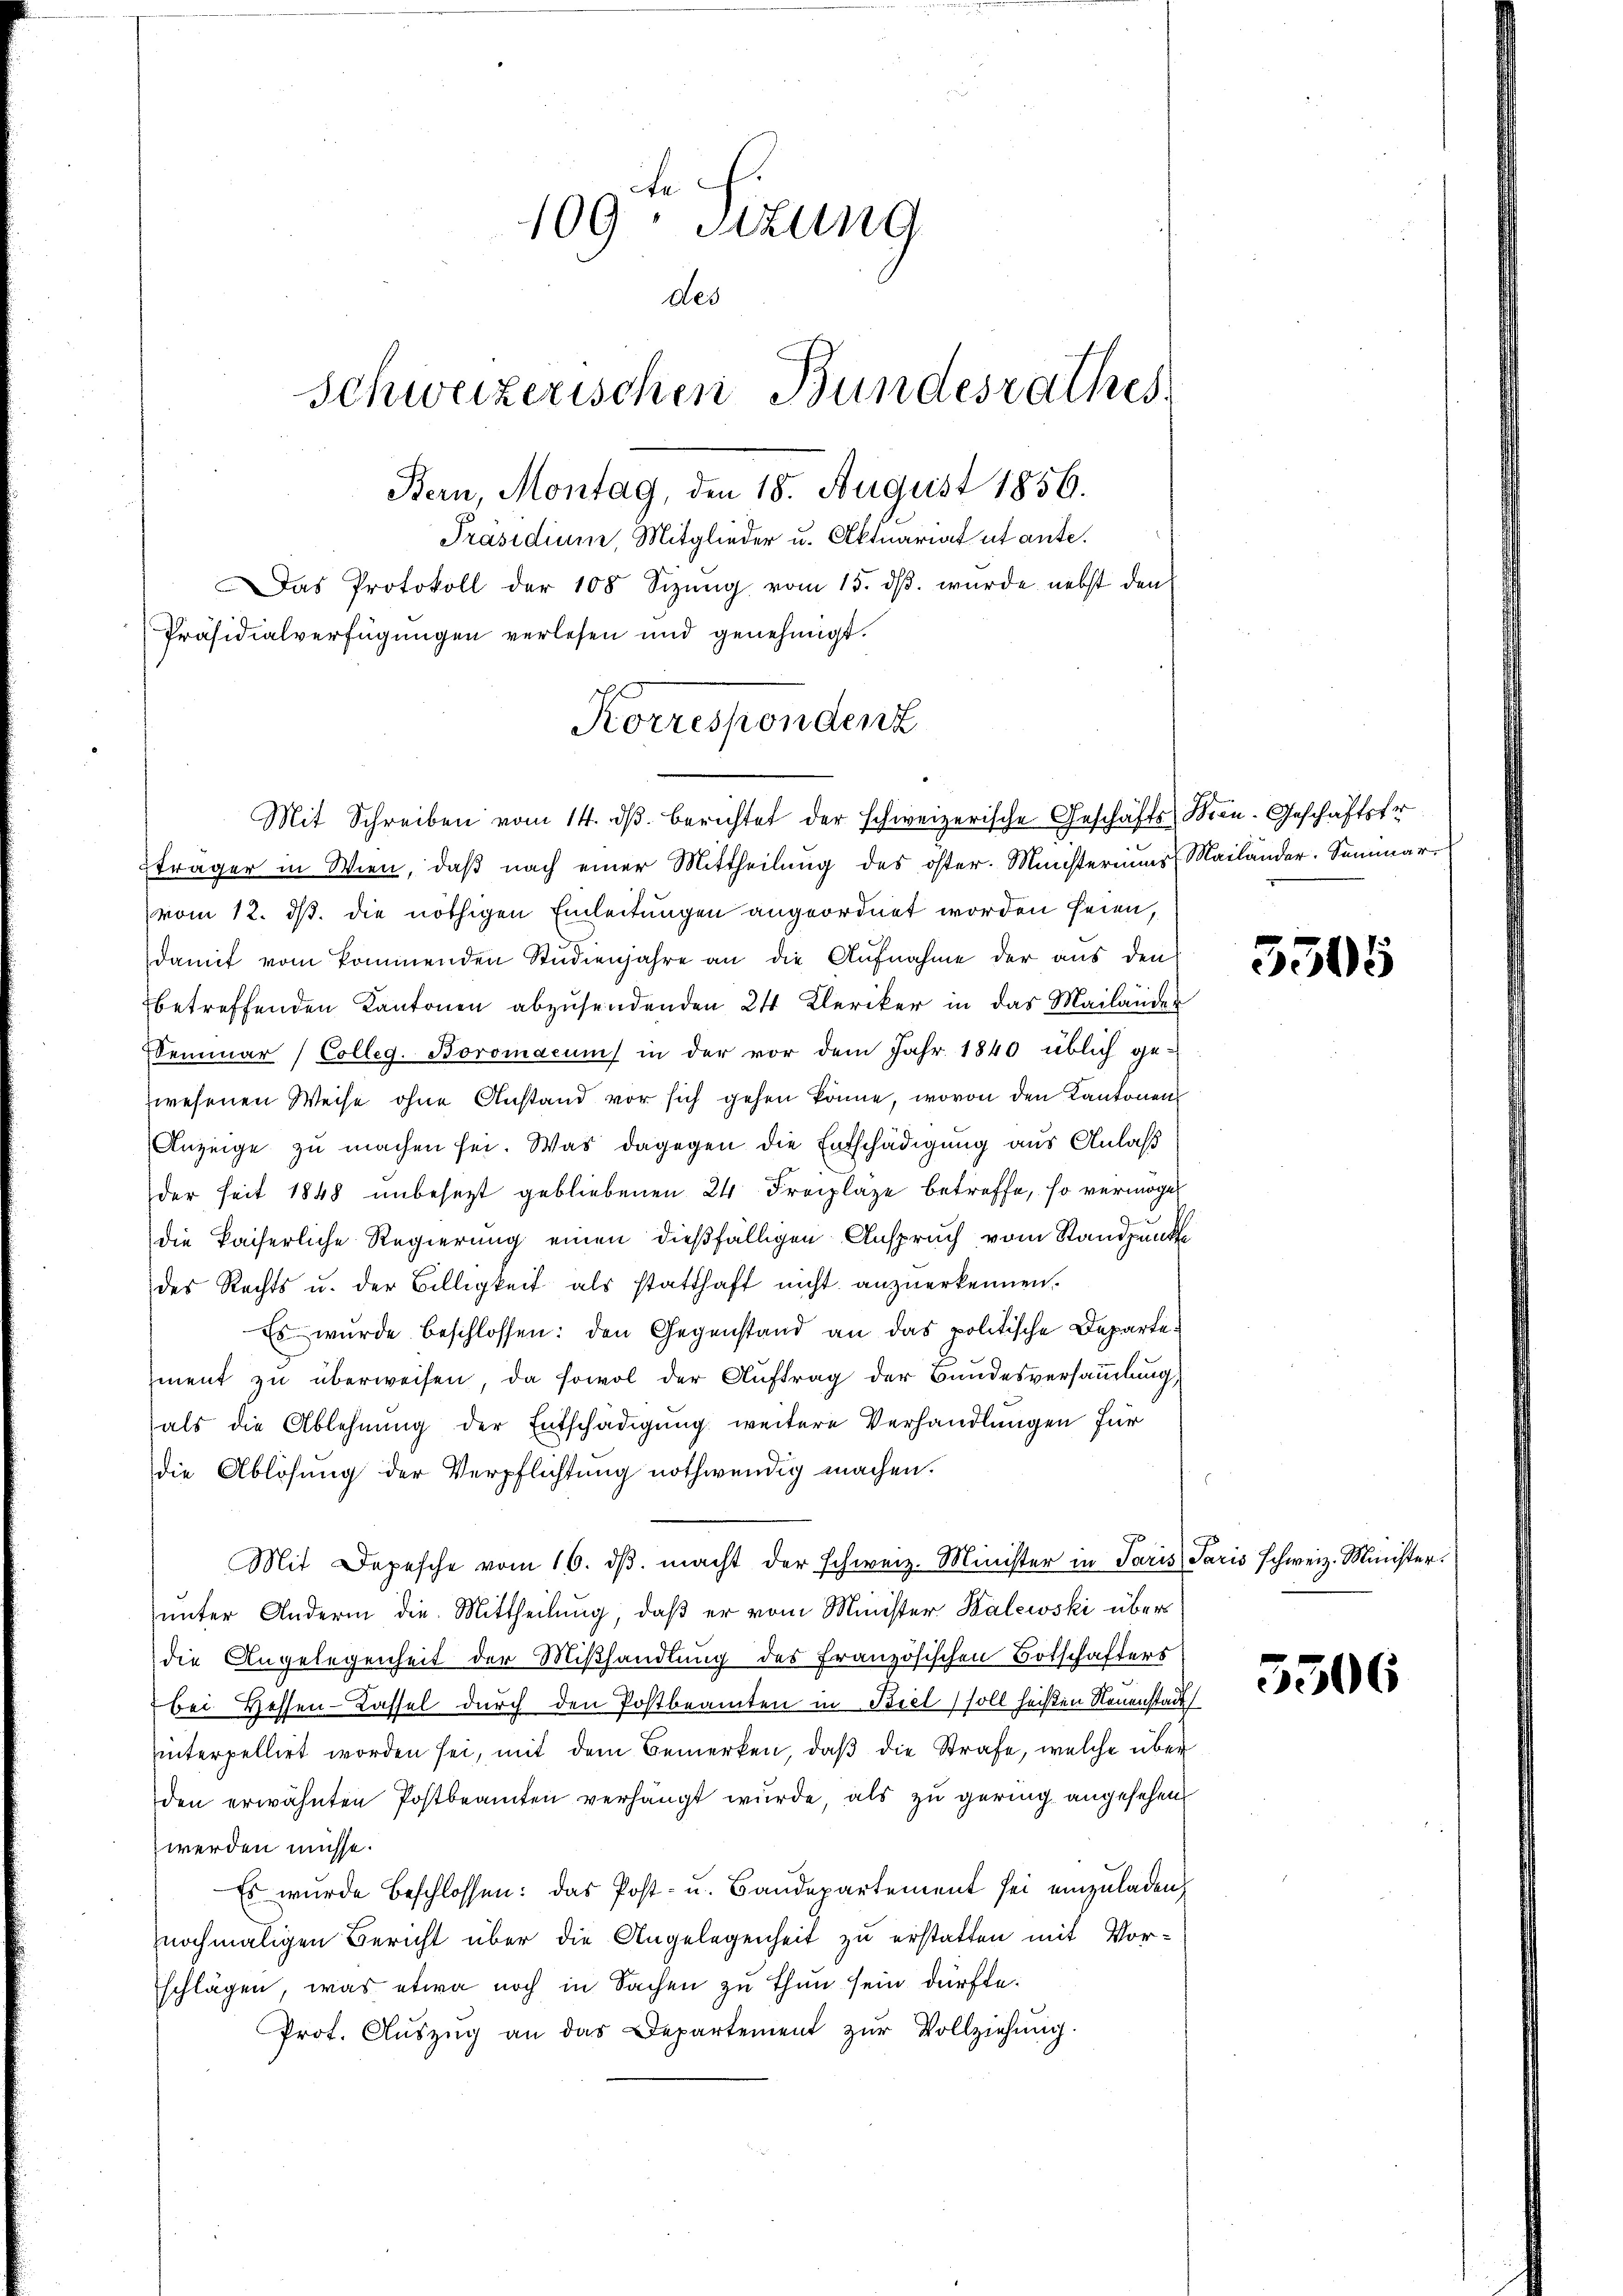
109. Sitzung
des
Schweizerischen Bundesrathes
Bern, Montag, den 18. August 1856.
Präsidium, Mitglieder u. Aktuariat ut ante.
Das Protokoll der 108 Sizŭng vom 15. dβ. wurde nebst den
Präsidialverfügungen verlesen und genehmigt.

Mit Schreiben vom 14. dβ berichtet der schweizerische Geschäfts Bern. Geschäftstr
Eträger in Wien, daß nach einer Mittheilung des öster. Münsteriums, Mailänder. Seminarvom 12. ds. die nöthigen Einleitungen angeordnet worden seien,
damit vom kommenden Studienjahre an die Aufnahme der aus den
betreffenden Kantonen abzusendenden 24. Kleriker in das Mailänder
emmar (Colleg. Boromacum in der vor dem Jahr 1840 üblich ge-
zwesenen Weise ohne Anstand vor sich gehen könne, wovon den Kantonen
Anzeige zu machen sei. Was dagegen die Entschädigung aus Anlaß
der seit 1848 unbesezt gebliebenen 24 Froplaze betreffe, so vermöge
die kaiserliche Regierung einen dießfälligen Anspruch vom Standpunkte
des Rechts u. der Billigkeit als statthaft nicht anzuerkennen.
Es wurde beschlossen: den Gegenstand an das politische Departement zŭ überweisen, da sowol der Aŭftrag der Bundesversaṁlŭng,
als die Ablehnŭng der Entschädigŭng weitere Verhandlungen für
die Ablösung der Verpflichtung nothwendig machen.
Mit Depesche vom 16. dβ. macht der schweiz. Minister in Paris Paris Schweiz. Minister.
unter Andern die Mittheilung, daß er vom Minister Kalewski übers
die Angelegenheit der Mißhandlung des Französischen Botschafters
bei Hessen-Kassel durch den Postbeamten in Biel soll heißen Neuenstadt
hinterpellirt worden sei, mit dem Bemerken, daß die Strafe, welche über
den erwähnten Postbeamten verhängt wurde, als zu gering angesehen.
werden müsse.
Es wurde beschlossen: das Post- u. Bandepartement sei einzuladen,
nochmaligen Bericht über die Angelegenheit zu erstatten mit Vorschlägen, was etwa noch in Sachen zu thun sein dürfte.
Prot. Aŭszŭg an das Departement zŭr Vollziehŭng.

Korrespondenz

5305

5306